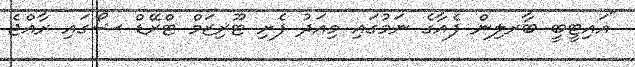
"އަައިޓީބީ ބާރލިން ފެއާގެ ނަމުގައި މިއަދު ފެށި ޓޫރިޒަމް ޓްރޭޑް ޝޯގައި ރާއްޖެ